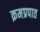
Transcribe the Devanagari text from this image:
क्रमप्रपात